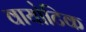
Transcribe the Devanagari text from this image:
वायोटिक